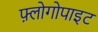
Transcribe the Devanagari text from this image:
फ़्लोगोपाइट